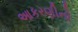
આકરણીનો